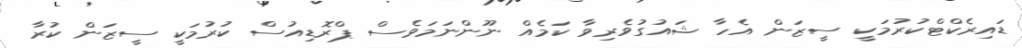
ޑައިރެކްޓްކުރުމަކީ ސީޒަން އެހާ ޝައުގުވެރިވާ ކަމެއް ނޫންނަމަވެސް ޕްރޮޑިއުސް ކުރުމަކީ ސީޒަން ކުރާ